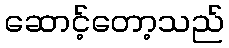
ဆောင့်တော့သည်